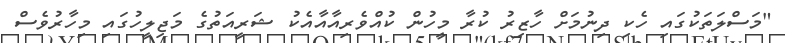
"މަސްލަތަކުގައި ހެކި ދިނުމަށް ހާޒިރު ކުރާ މީހުން ކުއްވެރިއާއާއެކު ޝަރީއަތުގެ މަޖިލީހުގައި މިހާރުވެސް